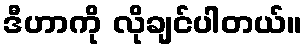
ဒီဟာကို လိုချင်ပါတယ်။